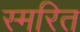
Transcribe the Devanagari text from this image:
स्मरित